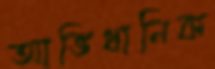
আভিধানিক